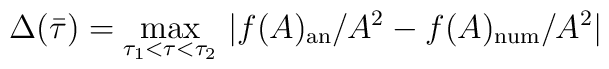
\Delta(\bar{\tau})=\max_{\tau_1<\tau<\tau_2}  \,|f(A)_{\mathrm{an}}/A^2-f(A)_{\mathrm{num}}/A^2|